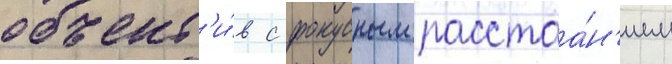
объект'и́в с фокусным расстоа́н'ием